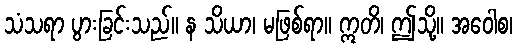
သံသရာ ပွားခြင်းသည်။ န သိယာ၊ မဖြစ်ရာ။ ဣတိ၊ ဤသို့။ အဝေါစ၊